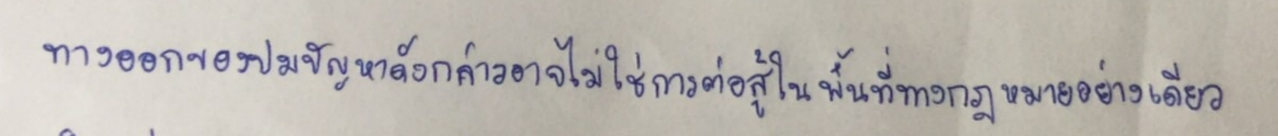
ทางออกของปมปัญหาดังกล่าวอาจไม่ใช่การต่อสู้ในพื้นที่ทางกฎหมายอย่างเดียว